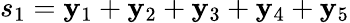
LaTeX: s_{1}=\mathbf{y}_{1}+\mathbf{y}_{2}+\mathbf{y}_{3}+\mathbf{y}_{4}+\mathbf{y}_{5}